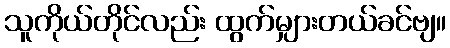
သူကိုယ်တိုင်လည်း ထွက်မျှားတယ်ခင်ဗျ။